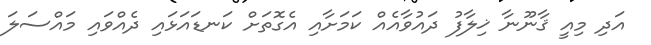
އަދި މިއީ ޤާނޫނާ ޚިލާފު ދައުވާއެއް ކަމަށާއި އެގޮތަށް ކަނޑައަޅައި ދެއްވައި މައްސަލަ